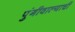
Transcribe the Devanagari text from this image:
पुंगीवाल्याची